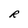
Character: R